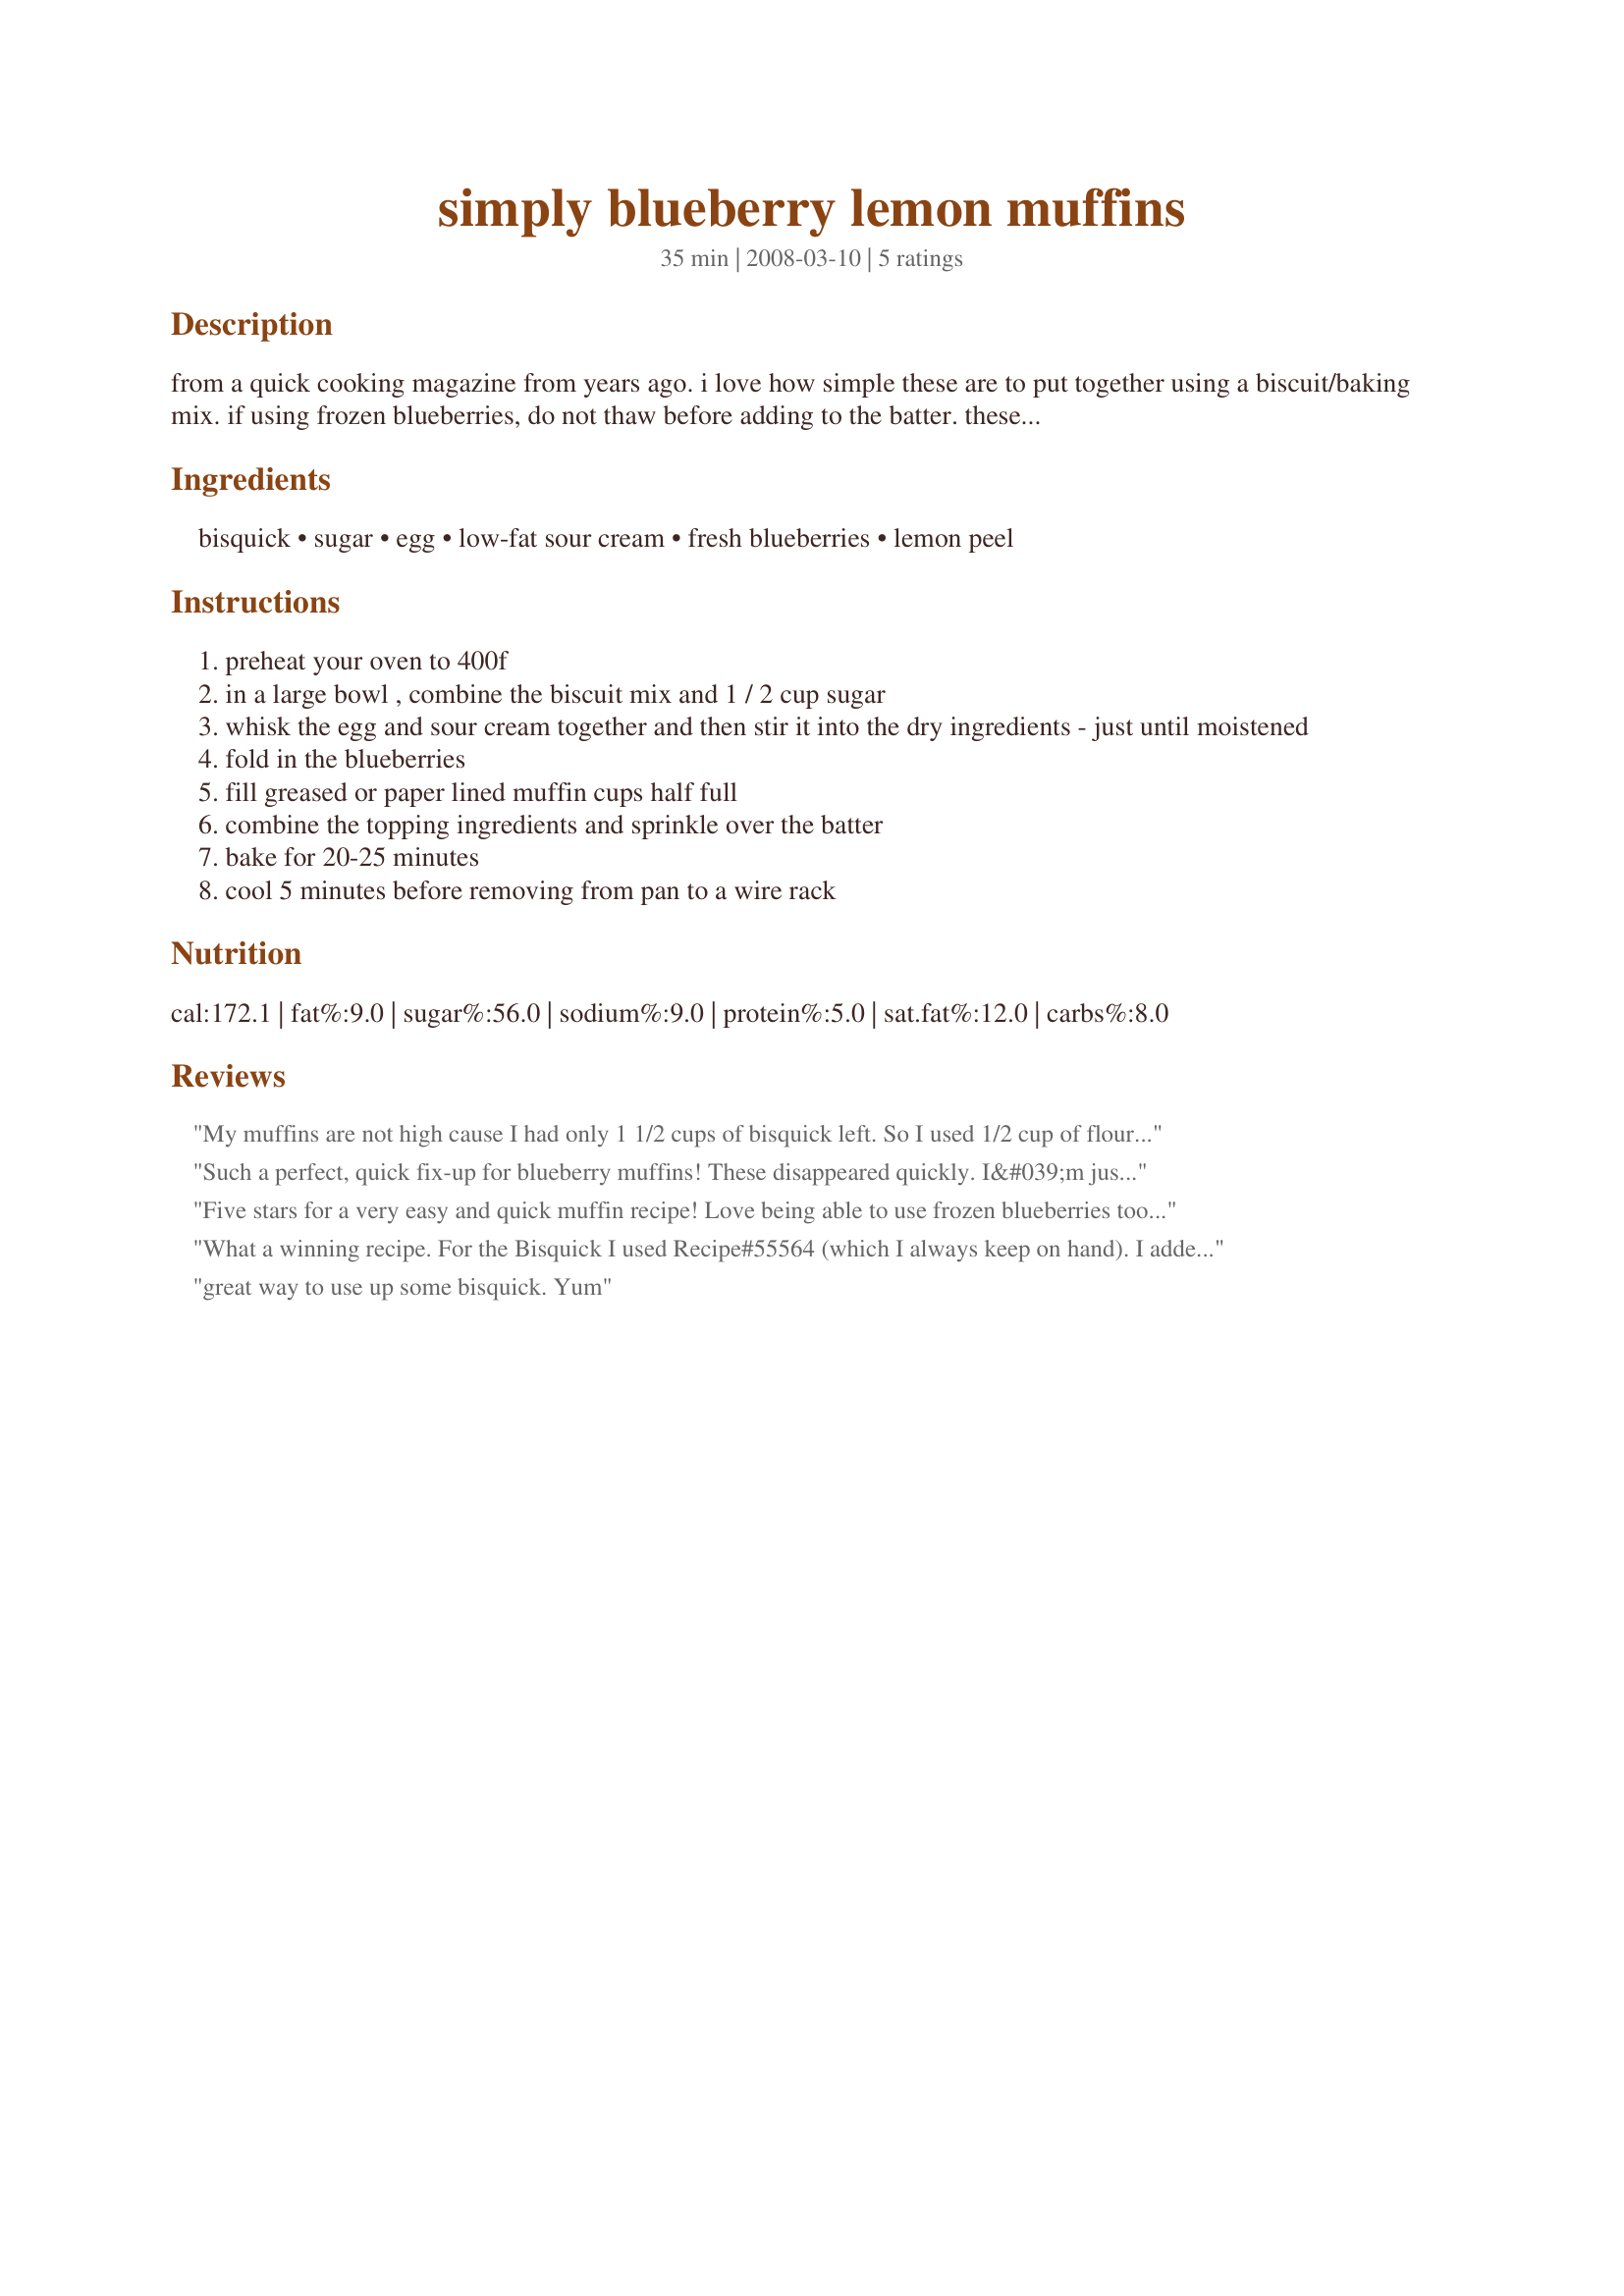
simply blueberry lemon muffins
Preparation time: 35 minutes

from a quick cooking magazine from years ago. i love how simple these are to put together using a biscuit/baking mix. if using frozen blueberries, do not thaw before adding to the batter. these are best served warm.

Ingredients:
bisquick, sugar, egg, low-fat sour cream, fresh blueberries, lemon peel

Steps:
preheat your oven to 400f
in a large bowl , combine the biscuit mix and 1 / 2 cup sugar
whisk the egg and sour cream together and then stir it into the dry ingredients - just until moistened
fold in the blueberries
fill greased or paper lined muffin cups half full
combine the topping ingredients and sprinkle over the batter
bake for 20-25 minutes
cool 5 minutes before removing from pan to a wire rack

Reviews:
My muffins are not high cause I had only 1 1/2 cups of bisquick left. So I used 1/2 cup of flour but forgot to add something like baking powder or soda. I used frozen blueberries. They're moist and tasty. And I forgot to do the topping :( Sorry about that Melissa. Thanks for posting this recipe. Made for Newest Zaar tag.
Such a perfect, quick fix-up for blueberry muffins! These disappeared quickly. I&#039;m just lucky I managed a shot before these great little muffins were no more.... &lt;br/&gt;I altered the recipe a bit. First of all. I only had about 3/4 cup sour cream. So I made up the difference with almond milk. No problem. Also doubled the blueberries, and added about 1/2 teaspoon of vanilla flavoring. Then, since I was out of lemons, I had to improvise: In a small bowl, I added about 1/4 c. quick oatmeal and maybe about 2 Tbs. brown sugar. Mixed until it was all distributed. Before popping muffins into the oven to bake, I sprinkled the oatmeal mixture evenly on top of each muffin. Result? Delicious and beautiful to behold. Thanks so much for a great &quot;keeper&quot; recipe, HokiesMom!
Five stars for a very easy and quick muffin recipe! Love being able to use frozen blueberries too. These are very moist muffins that have the familiar "Bisquick" flavor. For us I think I would rather put the sugar and lemon peel in the muffin mix instead of topping with the sugar mixture. Thank you HokiesLady for posting your recipe. Made and reviewed for the 123 tag game in the game forum.
What a winning recipe. For the Bisquick I used Recipe#55564 (which I always keep on hand). I added about 2/3 teaspoon of lemon extract to the batter since I skipped the sugar topping for diabetic reasons. The muffins are really wonderful, they have a thin crisp outer crust and are heavenly light and fluffy. Not too sweet and they are pure pleasure :D.
great way to use up some bisquick. Yum
